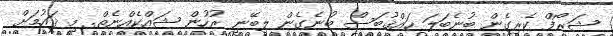
ޝަރޯފް ކެރިގެން ބުނެބަލަ ހައްޤުބަސް ބުނެގެން ލިބޭނީ ރުހުން ޝައްކެއްނެތް. މި ޤައުމަށް